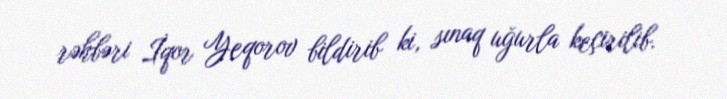
rəhbəri İqor Yeqorov bildirib ki, sınaq uğurla keçirilib.